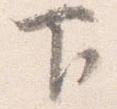
下